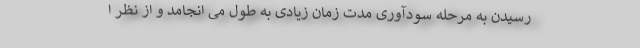
رسیدن به مرحله سودآوری مدت زمان زیادی به طول می انجامد و از نظر ا